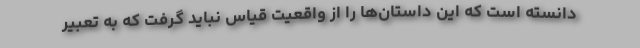
دانسته است که این داستان‌ها را از واقعیت قیاس نباید گرفت که به تعبیر